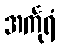
အင်္ကုရံ